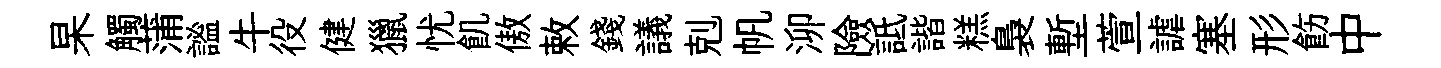
杲觸蒲謐牛役健獵忧飢傲敕錢議剋帆泖險詆諧糕裊塹萱謔塞形飭中